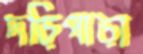
দড়িপাড়া